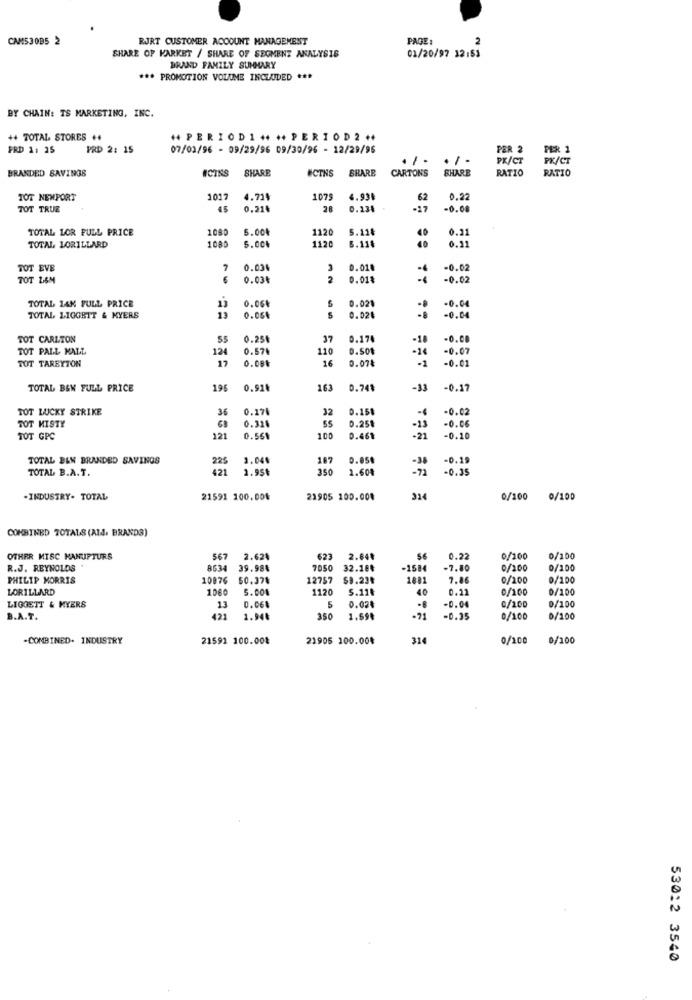
CAM53085 2
RJRT CUSTOMER ACCOUNT MANAGEMENT
PAGE:
2
SHARE OF KARKET / SHARE OF SEGMENT ANALYSIS
01/20/97 12:53
BRAND FAMILY SUMMARY
*** PROMOTION VOLUME INCLUDED ***
BY CHAIN: TS MARKETING, INC.
++ TOTAL STORES ++
+ PERIODI+ ++ PERIOD2++
FRD 1: 35
PRD 2: 15
07/03/96 - 09/29/96 09/30/96 - 12/29/96
PER 2
PER 1
. / .
. / -
PK/CT
PX/CT
BRANDED SAVINGS
ICINS
SHARE
UCTNS
SHARE
CARTONS
SHARE
RATIO
RATIO
TOT NEWPORT
1017
4.71
1075
4.93₺
62
0.22
TOT TRUE
45
0.214
28
-17
-0.08
TOTAL LOR FULL PRICE
1080
5.00₺
1120
5.118
0.2
1080
5.006
120
40
0.31
TOTAL LORILLARD
6.114
TOT EVE
7
0.034
3 0.01.
-0.02
TOT L&M
6
0.03₺
2
0.01%
-0.02
TOTAL 14K FULL PRICE
0.06
0.021
-0.04
13
13
TOTAL LIGGETT & MYERS
0.054
5
0.02€
-0.04
TOT CARLTON
0.25
37
0.17
-18
-0.00
TOT PALL MALL
124
0.57₺
110
0.501
-14
-0.07
17
0.08%
16
0.07₺
-1
-0.01
TOT TAREYTON
TOTAL B&W FULL PRICE
196
0.91.
163
0.741
-33
-0.17
TOT LUCKY STRIKE
36
0.174
32
0.151
-4
-0.02
TOT MISTY
GB
0.251
0.326
55
-13
-0.06
TOT GPC
121
0.561
100
0.461
- 21
-0.10
TOTAL BEN BRANDED SAVINGS
225
3.04
187
0.054
-0.19
TOTAL B.A.T.
421
2.95
350
1.60$
-38
-71
-0.35
.INDUSTRY. TOTAL
21591 100.004
21905 100.004
314
0/100 0/100
COMBINED TOTALS (Ald. BRAND3)
OTHER MISC KANUPTURS
567
2.62
623
2.84₮
56
0.22
0/200
0/100
R.J. REYNOLDS
8634
39.98%
7050
32.18₺
-1584
-7.80
0/200
0/100
PHILIP MORRIS
10876
50.37₺
12757
$9.23₮
1881
7.86
0/200
0/100
LORILLARD
1060
5.008
1120
5.11
40
0.22
0/100
0/100
-0.04
LIGGETT & MYERS
0.061
5
0.02
C/100
0/100
B.A.T.
421
1.94₺
350
1.59₮
-21
-0.35
0/100
0/100
-COMBINED- INDUSTRY
21591 100.00₺
21905 100.00₺
314
0/100
0/100
53012 3540